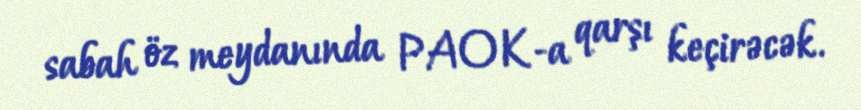
sabah öz meydanında PAOK-a qarşı keçirəcək.